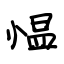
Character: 愠